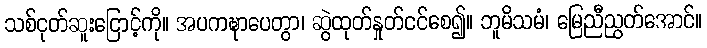
သစ်ငုတ်ဆူးငြောင့်ကို။ အပကဍ္ဎာပေတွာ၊ ဆွဲထုတ်နှုတ်ငင်စေ၍။ ဘူမိသမံ၊ မြေညီညွတ်အောင်။